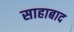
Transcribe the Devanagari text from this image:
साहाबाद